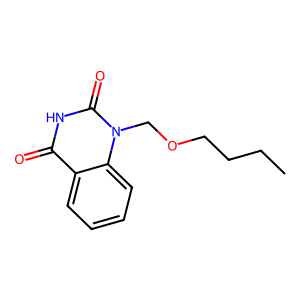
SMILES: CCCCOCn1c(=O)[nH]c(=O)c2ccccc21
Inhibits HIV replication: No